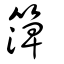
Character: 𥱼